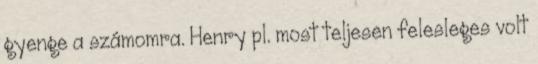
gyenge a számomra. Henry pl. most teljesen felesleges volt